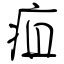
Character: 疽